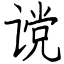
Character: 谠